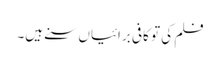
فلم کی تو کافی برائیاں سنے ہیں۔